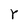
Character: Y